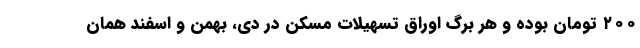
۲۰۰ تومان بوده و هر برگ اوراق تسهیلات مسکن در دی، بهمن و اسفند همان